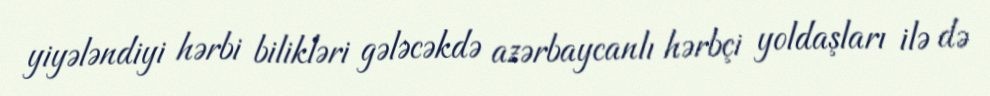
yiyələndiyi hərbi bilikləri gələcəkdə azərbaycanlı hərbçi yoldaşları ilə də